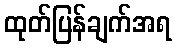
ထုတ်ပြန်ချက်အရ